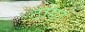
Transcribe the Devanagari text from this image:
ठाड़ा